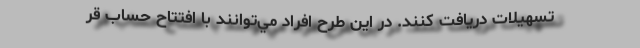
تسهيلات دريافت کنند. در اين طرح افراد مي‌توانند با افتتاح حساب قر